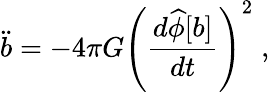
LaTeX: \ddot{b}=-4\pi G\left({\frac{d{\widehat\phi}[b]}{dt}}\right)^{2}\; ,